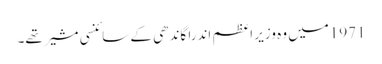
1971میں وہ وزیر اعظم اندرا گاندھی کے سائنسی مشیر تھے۔